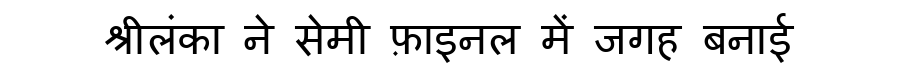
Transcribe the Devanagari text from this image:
श्रीलंका ने सेमी फ़ाइनल में जगह बनाई